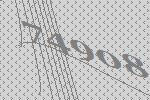
74908